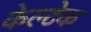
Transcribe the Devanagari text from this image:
केल्टेक